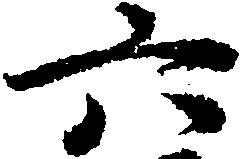
六